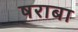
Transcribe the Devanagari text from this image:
षराबा